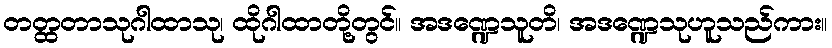
တတ္ထတာသုဂါထာသု၊ ထိုဂါထာတို့တွင်။ အဒဏ္ဍေသူတိ၊ အဒဏ္ဍေသုဟူသည်ကား။